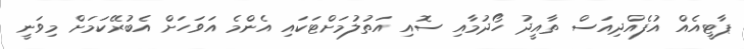
ޕާޓީއެއް އުފެއްދިއަސް ތާއީދު ހޯދުމާއި ސޮއި އަތުލުމަށްޓަކައި އެންމެ އަވަހަށް އެބުރޭކަމަށް މިވަނީ